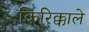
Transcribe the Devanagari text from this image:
किरिक्काले